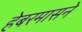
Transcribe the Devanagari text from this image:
हेबरमासने